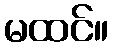
မထင်။